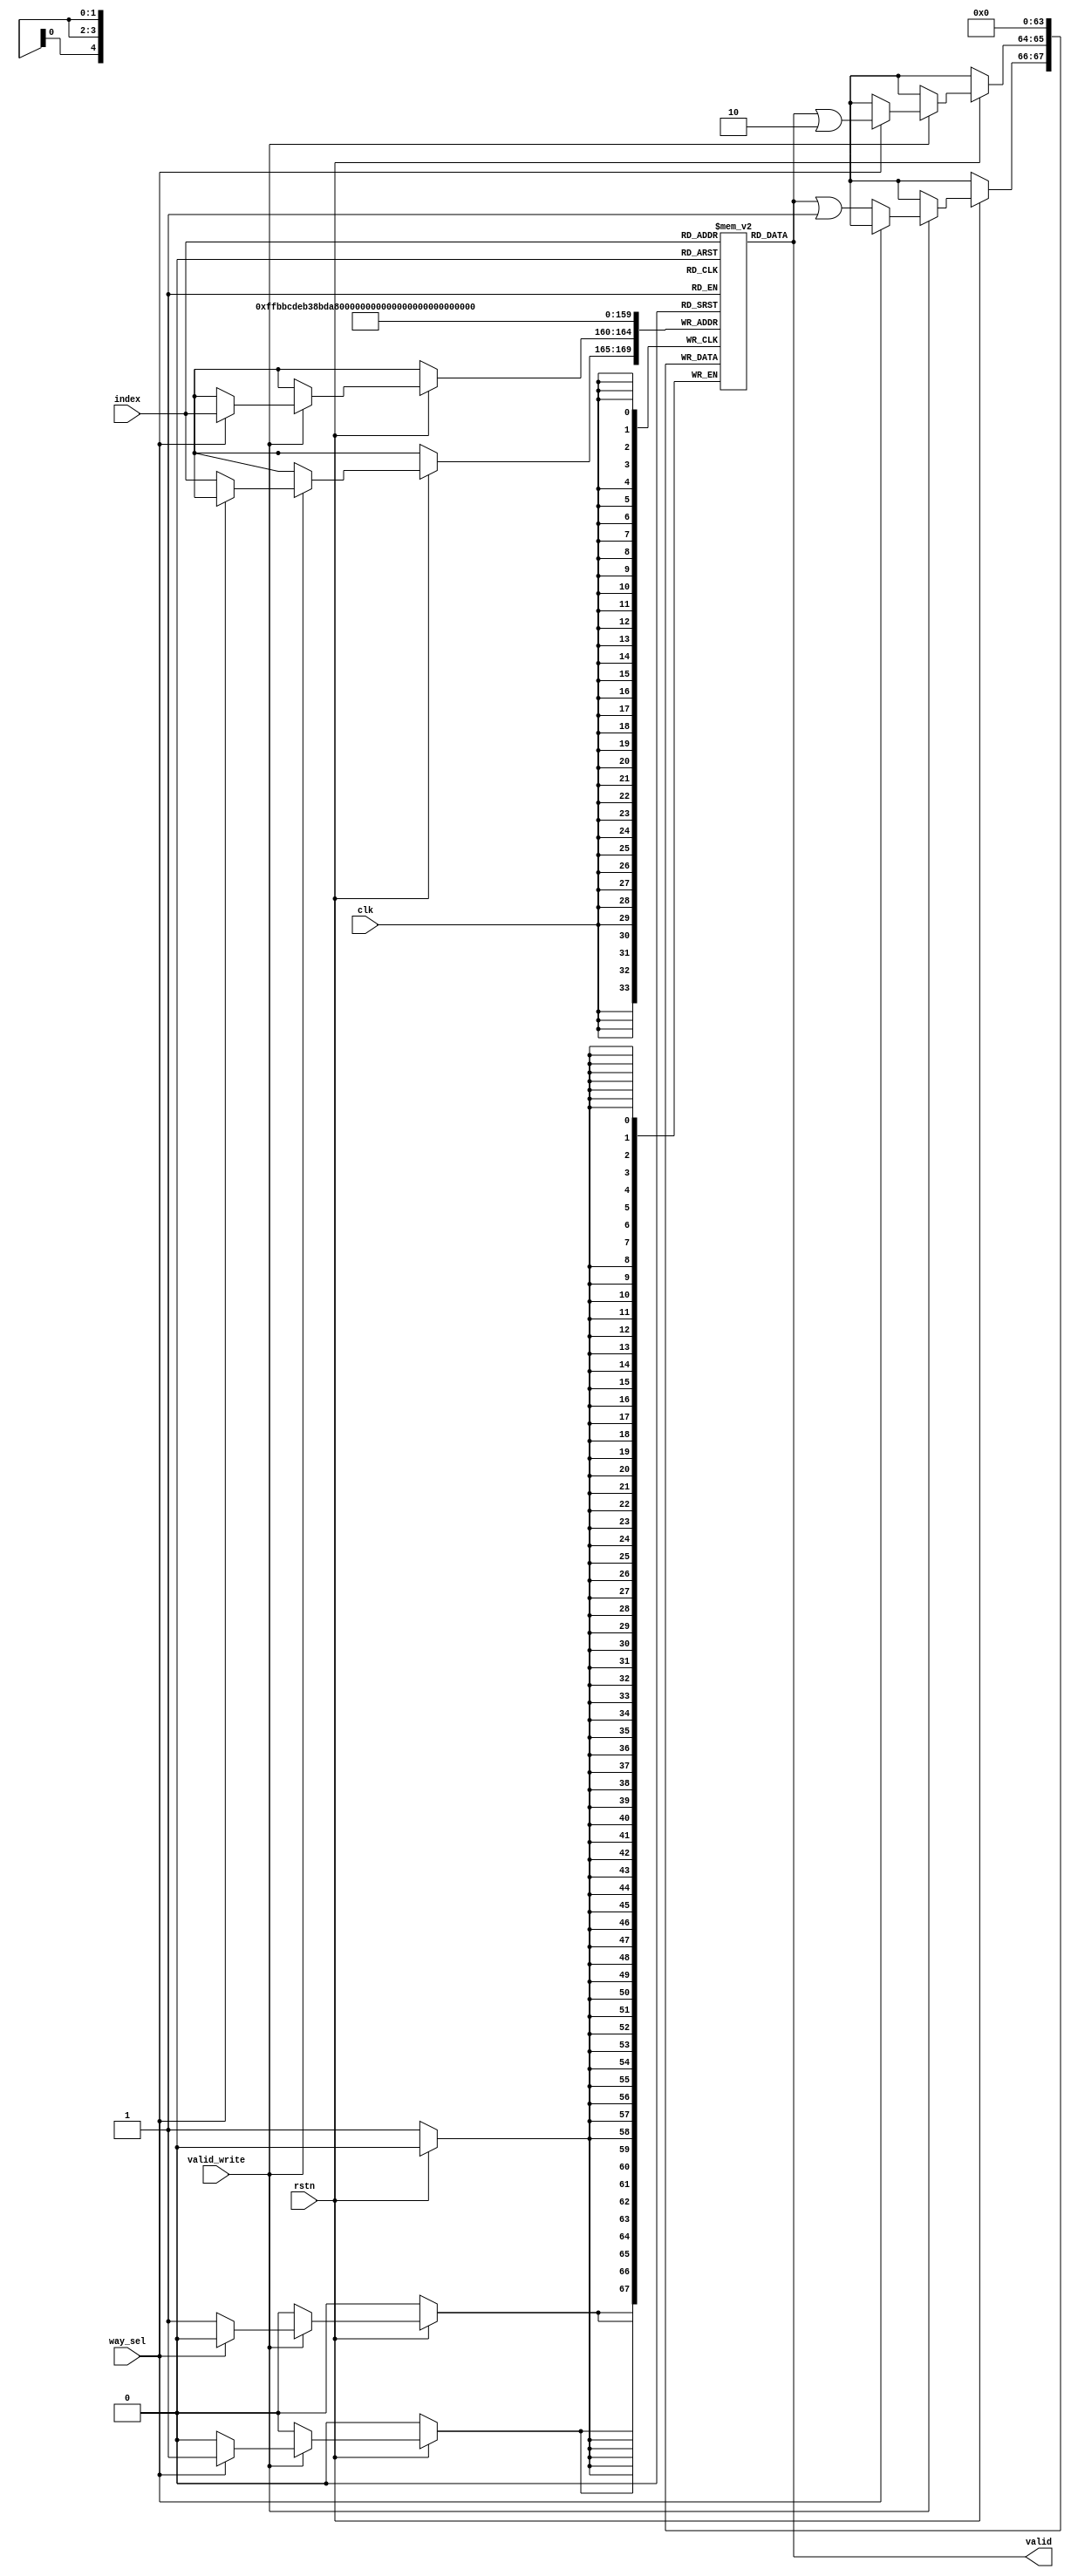
module valid (
    input clk, rstn,
    input [4:0] index,
    input way_sel, valid_write,
    output [1:0] valid
);
reg [1:0] valid_reg [0:31];

integer i;
always@(posedge clk)
begin
    if(~rstn) begin
        for(i = 0; i < 32; i = i + 1) begin
            valid_reg[i] <= 2'b0;
        end
    end
    else begin
        if(valid_write) begin
            if(way_sel) 
                valid_reg[index] <= valid_reg[index] | 2'b10;
            else 
                valid_reg[index] <= valid_reg[index] | 2'b01;
        end
    end
end

assign valid = valid_reg[index];
endmodule